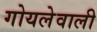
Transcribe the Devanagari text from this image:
गोयलेवाली